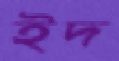
ইদ